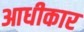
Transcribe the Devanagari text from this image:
आधीकार